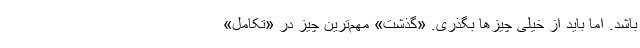
باشد. اما باید از خیلی چیزها بگذری. «گذشت» مهم‌ترین چیز در «تکامل»